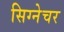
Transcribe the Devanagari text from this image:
सिग्‍नेचर